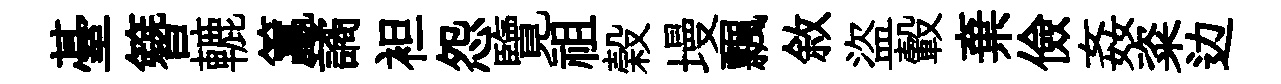
䑓簪轆籯譎袒怨覽祖榖墁飄敘盜轂棄儉姦粢边